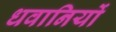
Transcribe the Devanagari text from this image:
धवानियों